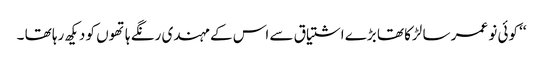
‘‘ کوئی نو عمر سا لڑکا تھا بڑے اشتیاق سے اس کے مہندی رنگے ہاتھوں کو دیکھ رہا تھا ۔